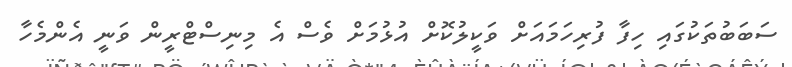
ސަބަބުތަކުގައި ހިފާ ފުރިހަމައަށް ވަކީލުކޮށް އުޅުމަށް ވެސް އެ މިނިސްޓްރީން ވަނީ އެންމެހާ